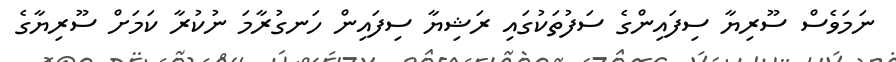
ނަމަވެސް ސޫރިޔާ ސިފައިންގެ ސަފުތަކުގައި ރަޝިޔާ ސިފައިން ހަނގުރާމަ ނުކުރާ ކަމަށް ސޫރިޔާގެ